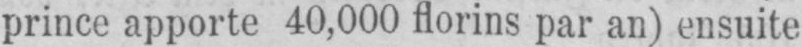
prince apporte 40,000 florins par an) ensuite